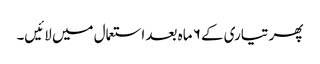
پھر تیاری کے ۶ ماہ بعد استعمال میں لائیں۔